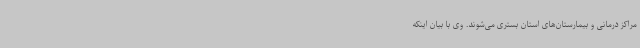
مراکز درمانی و بیمارستان‌های استان بستری می‌شوند. وی با بیان اینکه